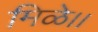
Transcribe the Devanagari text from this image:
मिळे।।